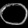
Digit: ၀